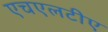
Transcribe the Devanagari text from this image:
एचएलटीए